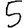
Digit: 5